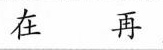
在 再